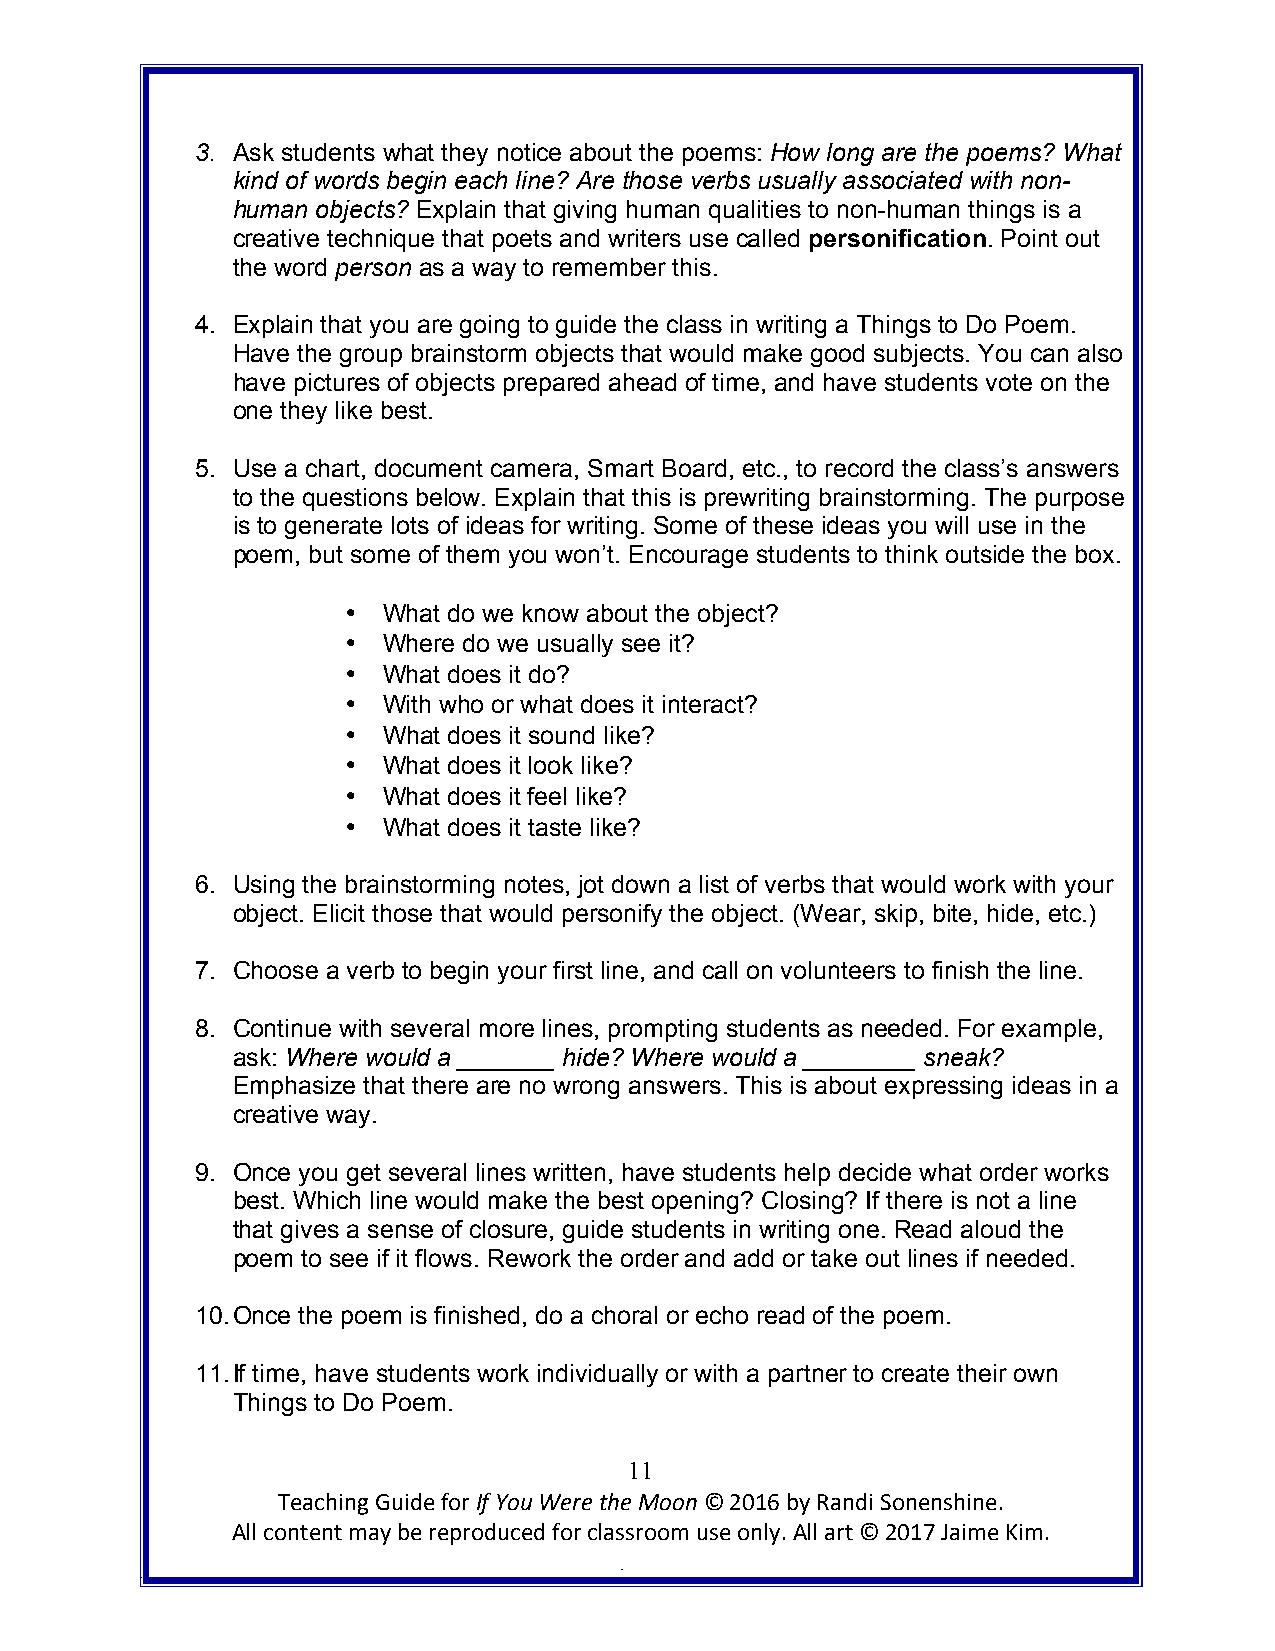
3. Ask students what they notice about the poems: How long are the poems? What
 kind of words begin each line? Are those verbs usually associated with non-
 human objects? Explain that giving human qualities to non-human things is a
 creative technique that poets and writers use called personification. Point out
 the word person as a way to remember this.
 4. Explain that you are going to guide the class in writing a Things to Do Poem.
 Have the group brainstorm objects that would make good subjects. You can also
 have pictures of objects prepared ahead of time, and have students vote on the
 one they like best.
 5. Use a chart, document camera, Smart Board, etc., to record the class’s answers
 to the questions below. Explain that this is prewriting brainstorming. The purpose
 is to generate lots of ideas for writing. Some of these ideas you will use in the
 poem, but some of them you won’t. Encourage students to think outside the box.
 • What do we know about the object?
 • Where do we usually see it?
 • What does it do?
 • With who or what does it interact?
 • What does it sound like?
 • What does it look like?
 • What does it feel like?
 • What does it taste like?
 6. Using the brainstorming notes, jot down a list of verbs that would work with your
 object. Elicit those that would personify the object. (Wear, skip, bite, hide, etc.)
 7. Choose a verb to begin your first line, and call on volunteers to finish the line.
 8. Continue with several more lines, prompting students as needed. For example,
 ask: Where would a _______ hide? Where would a ________ sneak?
 Emphasize that there are no wrong answers. This is about expressing ideas in a
 creative way.
 9. Once you get several lines written, have students help decide what order works
 best. Which line would make the best opening? Closing? If there is not a line
 that gives a sense of closure, guide students in writing one. Read aloud the
 poem to see if it flows. Rework the order and add or take out lines if needed.
 10. Once the poem is finished, do a choral or echo read of the poem.
 11. If time, have students work individually or with a partner to create their own
 Things to Do Poem.
 11
 Teaching Guide for If You Were the Moon © 2016 by Randi Sonenshine.
 All content may be reproduced for classroom use only. All art © 2017 Jaime Kim.
 .